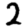
Digit: 2